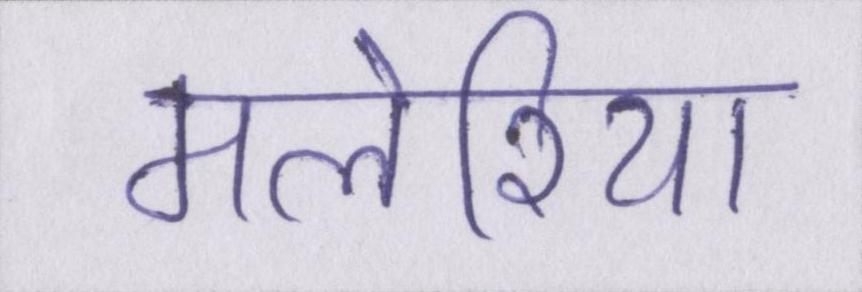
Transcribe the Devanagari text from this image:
मलेरिया